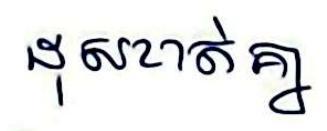
ដុសខាត់គ្នា